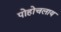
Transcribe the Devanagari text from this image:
पोहोचलाय